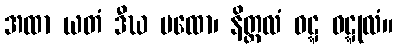
အထာ ယတံ ဒီဃ မထော၊ နိတ္တလံ ဝဋ္ဋ ဝဋ္ဋုလံ။